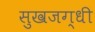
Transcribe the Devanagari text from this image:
सुखजग्धी